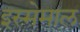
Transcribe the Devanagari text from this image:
इस्मेमाल